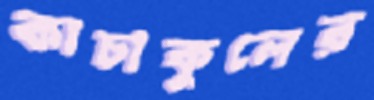
কাচাকুলের